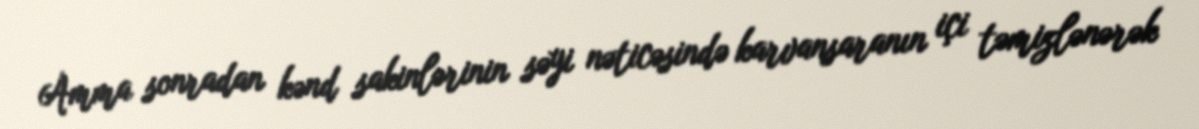
Amma sonradan kənd sakinlərinin səyi nəticəsində karvansaranın içi təmizlənərək